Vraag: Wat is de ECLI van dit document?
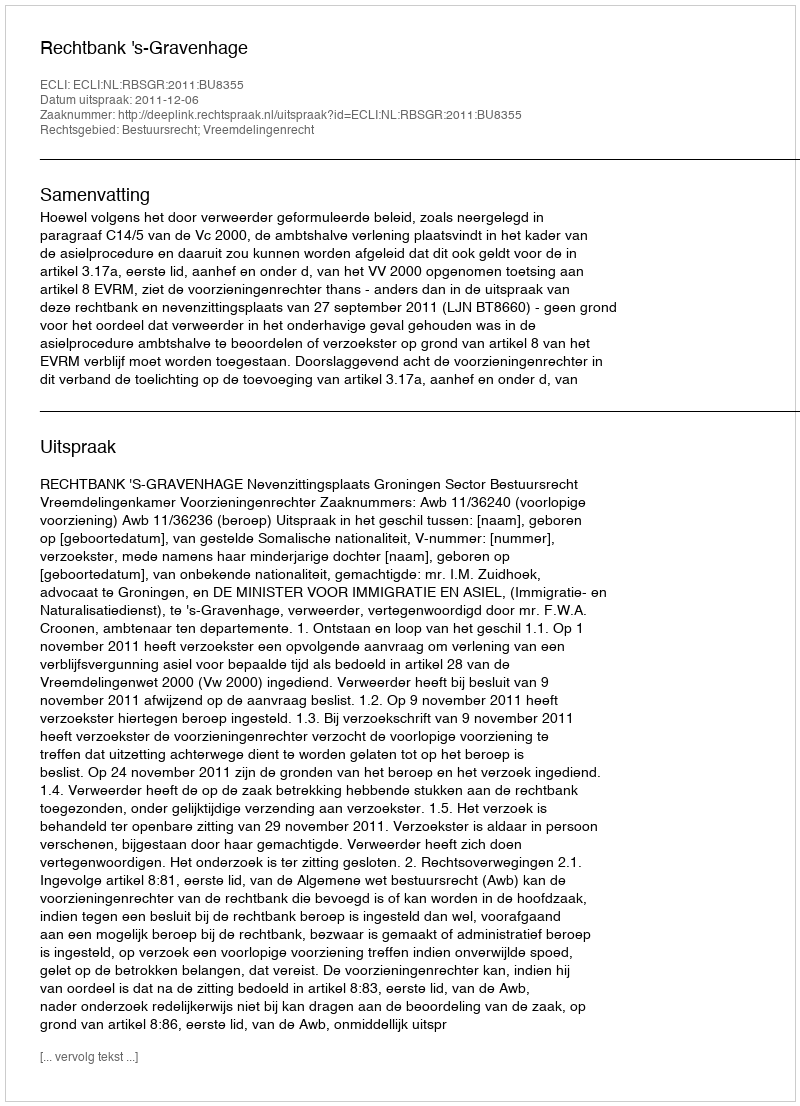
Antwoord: ECLI:NL:RBSGR:2011:BU8355